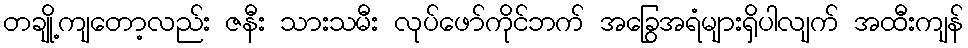
တချို့ကျတော့လည်း ဇနီး သားသမီး လုပ်ဖော်ကိုင်ဘက် အခြွေအရံများရှိပါလျက် အထီးကျန်